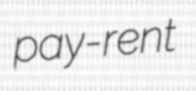
pay-rent